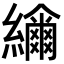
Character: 𦆤